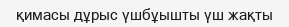
қимасы дұрыс үшбұышты үш жақты